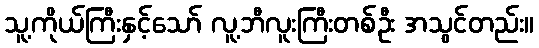
သူ့ကိုယ်ကြီးနှင့်သော် လူ့ဘီလူးကြီးတစ်ဦး အသွင်တည်း။